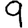
Digit: 9